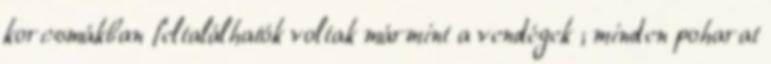
korcsmákban feltalálhatók voltak mármint a vendégek ; minden poharat